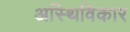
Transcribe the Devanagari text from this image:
अस्थिविकार